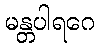
မန္တပါရဂေ